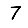
Digit: 7